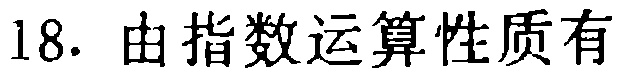
18. 由指数运算性质有